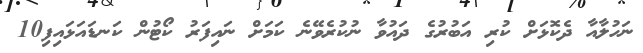
ނަހުލާއާ ދެކޮޅަށް ކުރި އަބުރުގެ ދައުވާ ނުކުރެވޭނެ ކަމަށް ނައިފަރު ކޯޓުން ކަނޑައަޅައިފި10